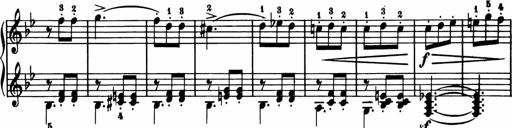
Title: 11 Sonatinas for Piano Solo
Composer: Anton Diabelli